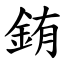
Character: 銪